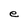
Character: e